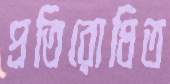
প্রতিরোধিত